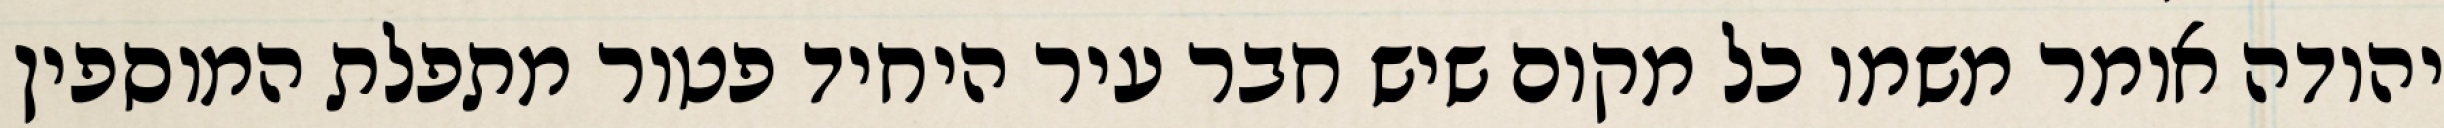
יהודה אומר משמו כל מקום שיש חבר עיר היחיד פטור מתפלת המוספין